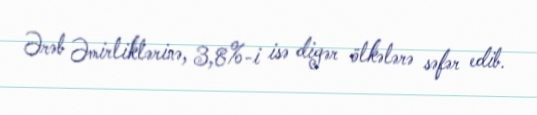
Ərəb Əmirliklərinə, 3,8%-i isə digər ölkələrə səfər edib.